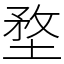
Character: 堥